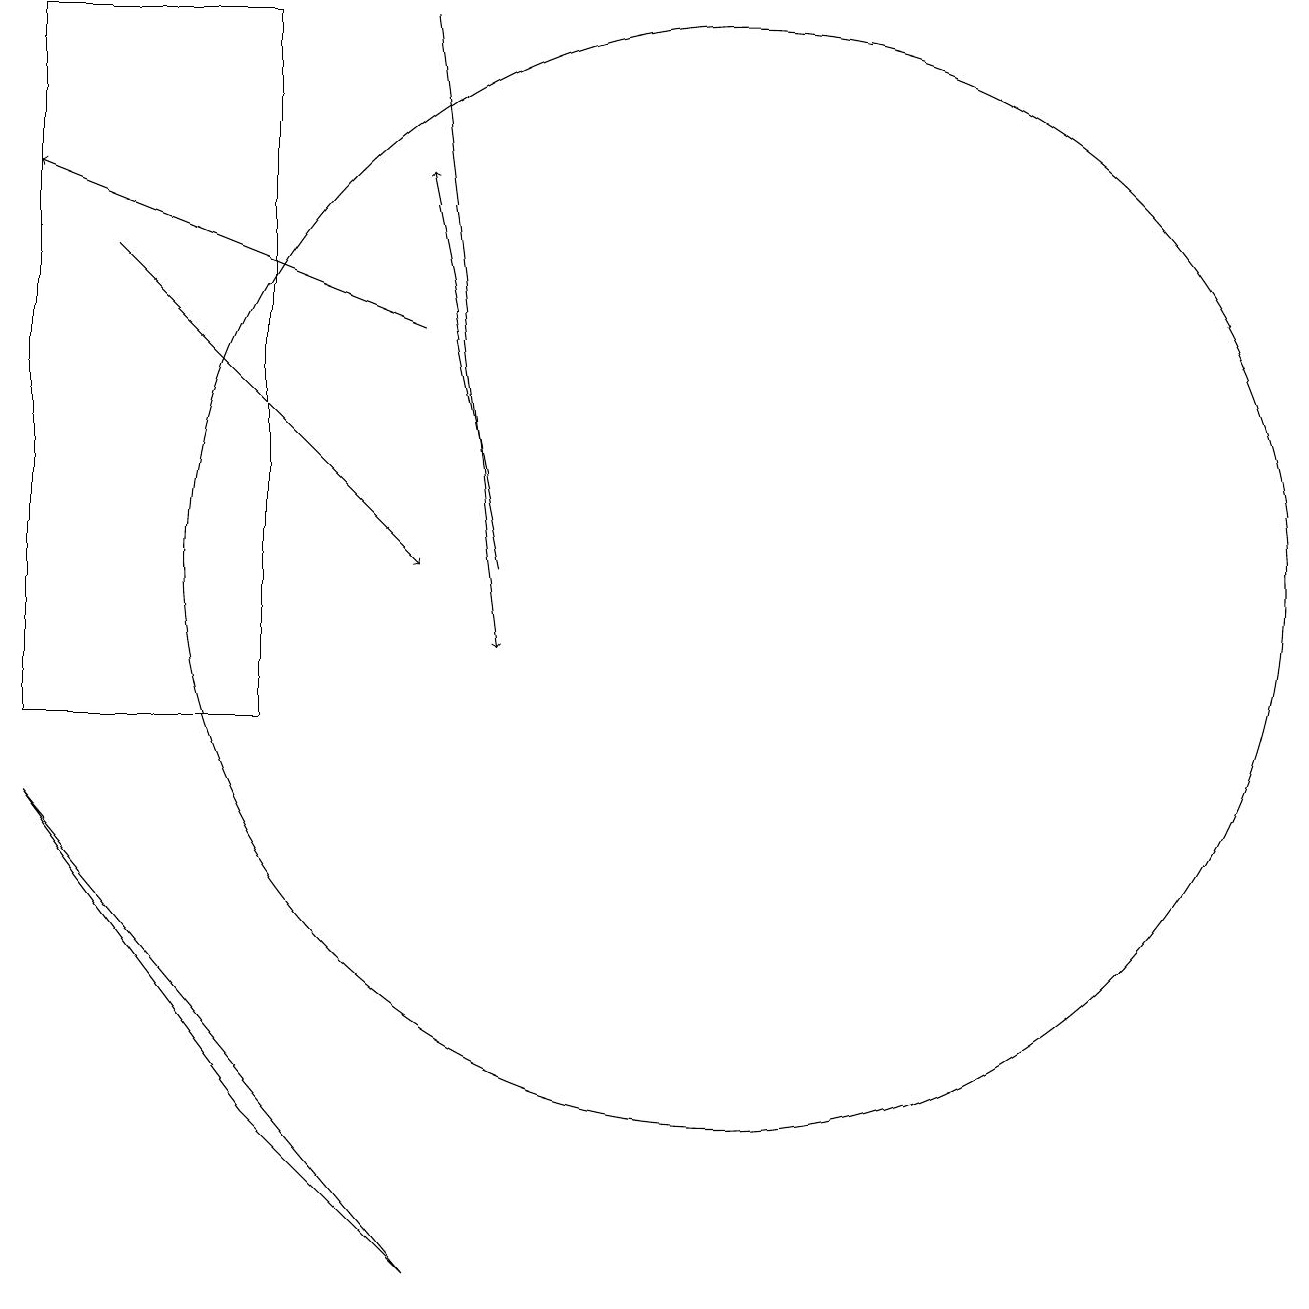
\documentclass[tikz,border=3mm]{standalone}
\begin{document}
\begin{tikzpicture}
\draw[->] (8,12) -- (7,17);
\draw[->] (7,19) -- (8,11);
\draw (7,3) -- (5,5) -- (2,9) -- cycle;
\draw (2,19) rectangle (5,10);
\draw (11,12) circle (7);
\draw[->] (7,15) -- (2,17);
\draw[->] (3,16) -- (7,12);
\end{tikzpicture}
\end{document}